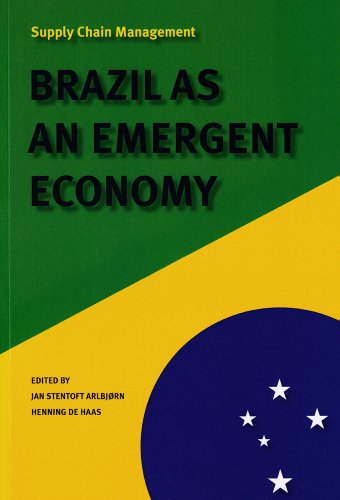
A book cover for Supply Chain Management: Brazil as an Emergent Economy; Business & Money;